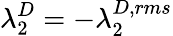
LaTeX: \lambda_{2}^{D}=-\lambda_{2}^{D,rms}